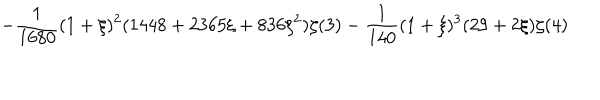
\displaystyle \quad - \frac { 1 } { 1 6 8 0 } ( 1 + \xi ) ^ { 2 } ( 1 4 4 8 + 2 3 6 5 \xi + 8 3 6 \xi ^ { 2 } ) \zeta ( 3 ) - \frac { 1 } { 1 4 0 } ( 1 + \xi ) ^ { 3 } ( 2 9 + 2 \xi ) \zeta ( 4 )